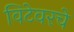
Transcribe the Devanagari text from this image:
विटेवरचे